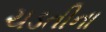
ચડતીના